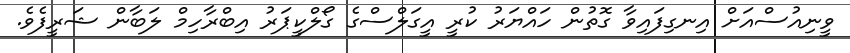
ވީނިއުސްއަށް އިނގިފައިވާ ގޮތުން ހައްޔަރު ކުރީ އީގަލްސްގެ ގޯލްކީޕަރު އިބްރާހިމް ލަބާން ޝަރީފެވެ.